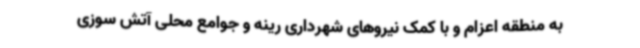
به منطقه اعزام و با کمک نیروهای شهرداری رینه و جوامع محلی آتش سوزی